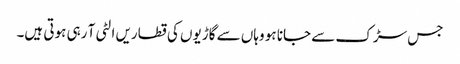
جس سڑک سے جانا ہو وہاں سے گاڑیوں کی قطاریں الٹی آ رہی ہوتی ہیں۔